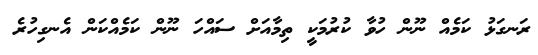
ރަނގަޅު ކަމެއް ނޫން ހުވާ ކުރުމަކީ ތިމާއަށް ސައްހަ ނޫން ކަމެއްކަން އެނގިހުރެ